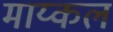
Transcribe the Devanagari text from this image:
माय्कल